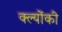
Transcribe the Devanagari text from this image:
क्ल्योंकी